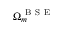
\Omega _ { m } ^ { \mathrm { ~ B ~ S ~ E ~ } }